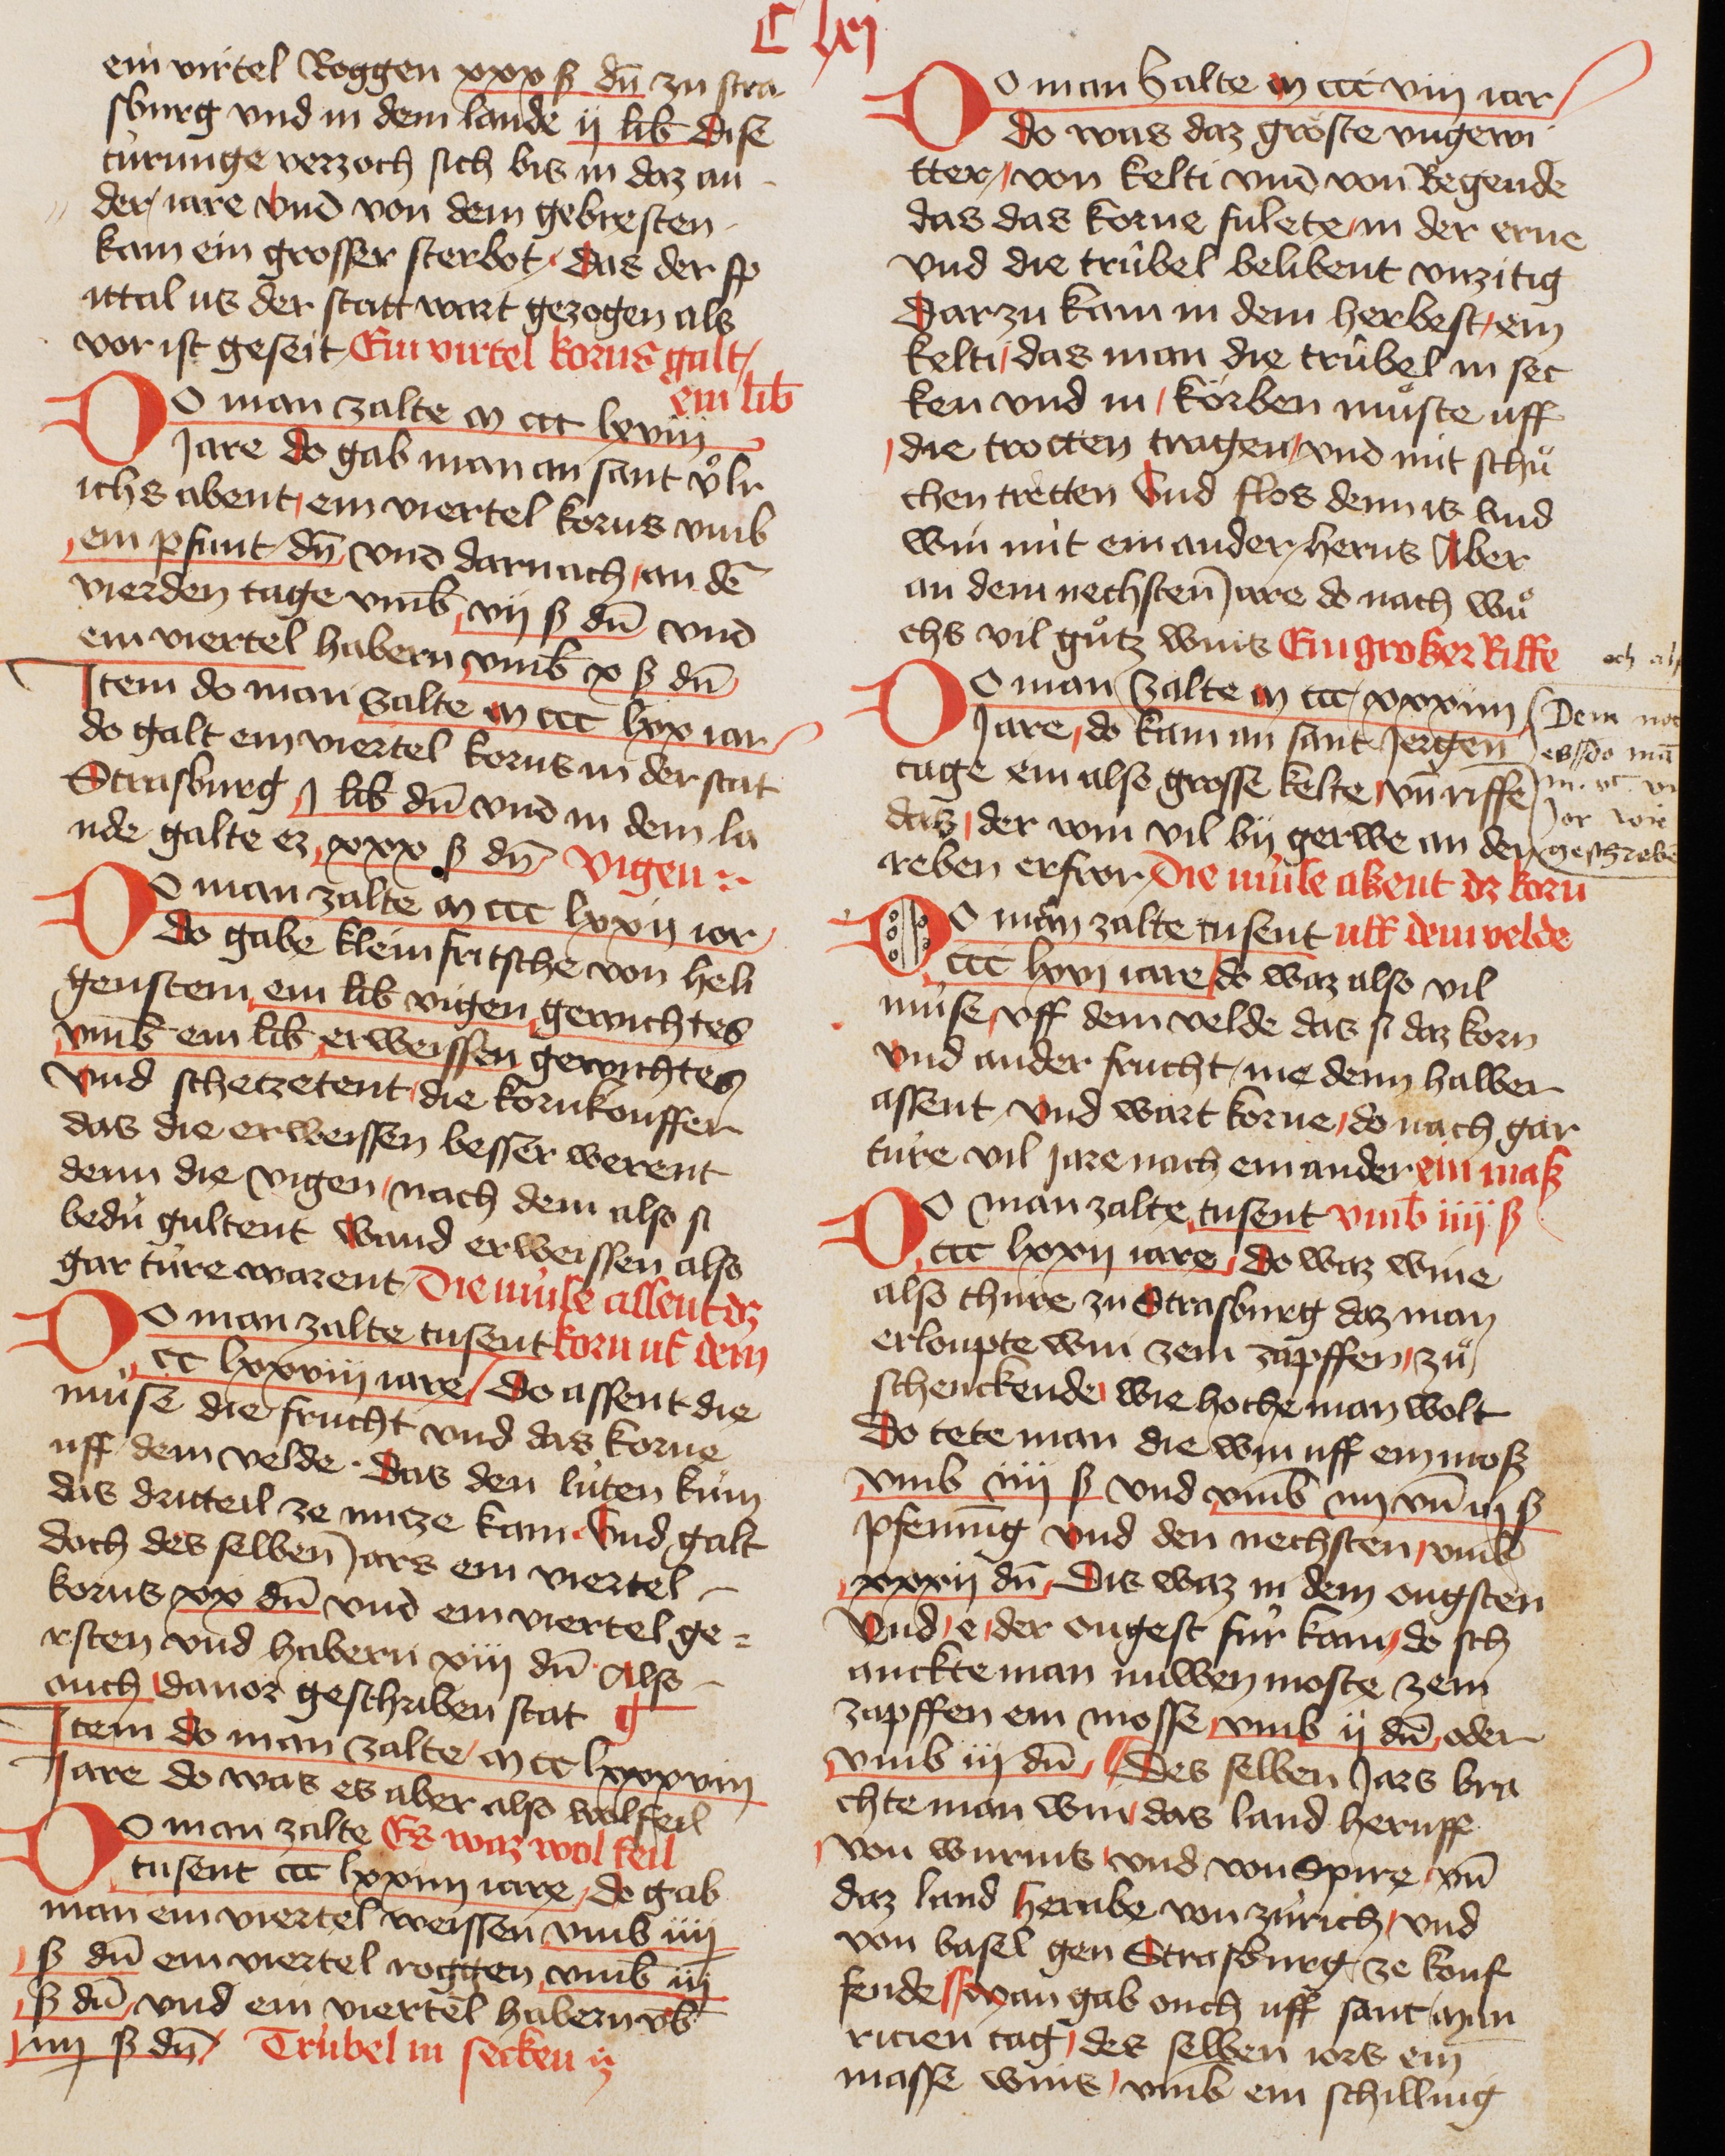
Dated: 1400–1449